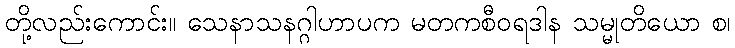
တို့လည်းကောင်း။ သေနာသနဂ္ဂါဟာပက မတကစီဝရဒါန သမ္မုတိယော စ၊